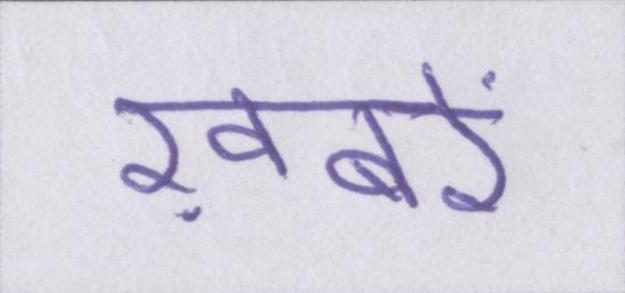
ख़बरें